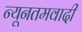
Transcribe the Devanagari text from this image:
न्यूनतमवादी